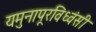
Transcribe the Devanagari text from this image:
यमुनापूरविध्वंसी